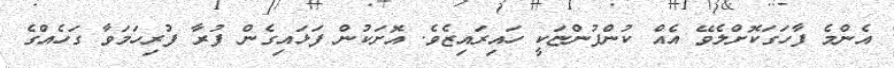
އެންމެ ފާހަގަކޮށްލެވޭ އެއް ކުންފުންޏަކީ ހައިރައިޒެވެ. އޮށަކުން ފަޅައިގެން ފުރާ ފުރިހަމަވާ ގަހެއްގެ